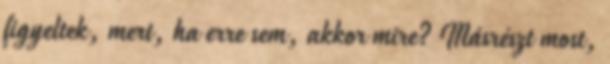
figyeltek, mert, ha erre sem, akkor mire? Másrészt most,